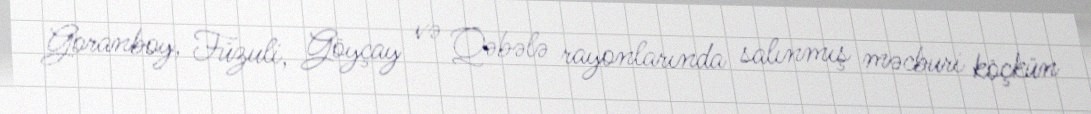
Goranboy, Füzuli, Göyçay və Qəbələ rayonlarında salınmış məcburi köçkün